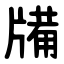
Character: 㸢